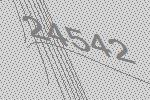
24542